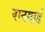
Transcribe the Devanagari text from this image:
वानगार्ड